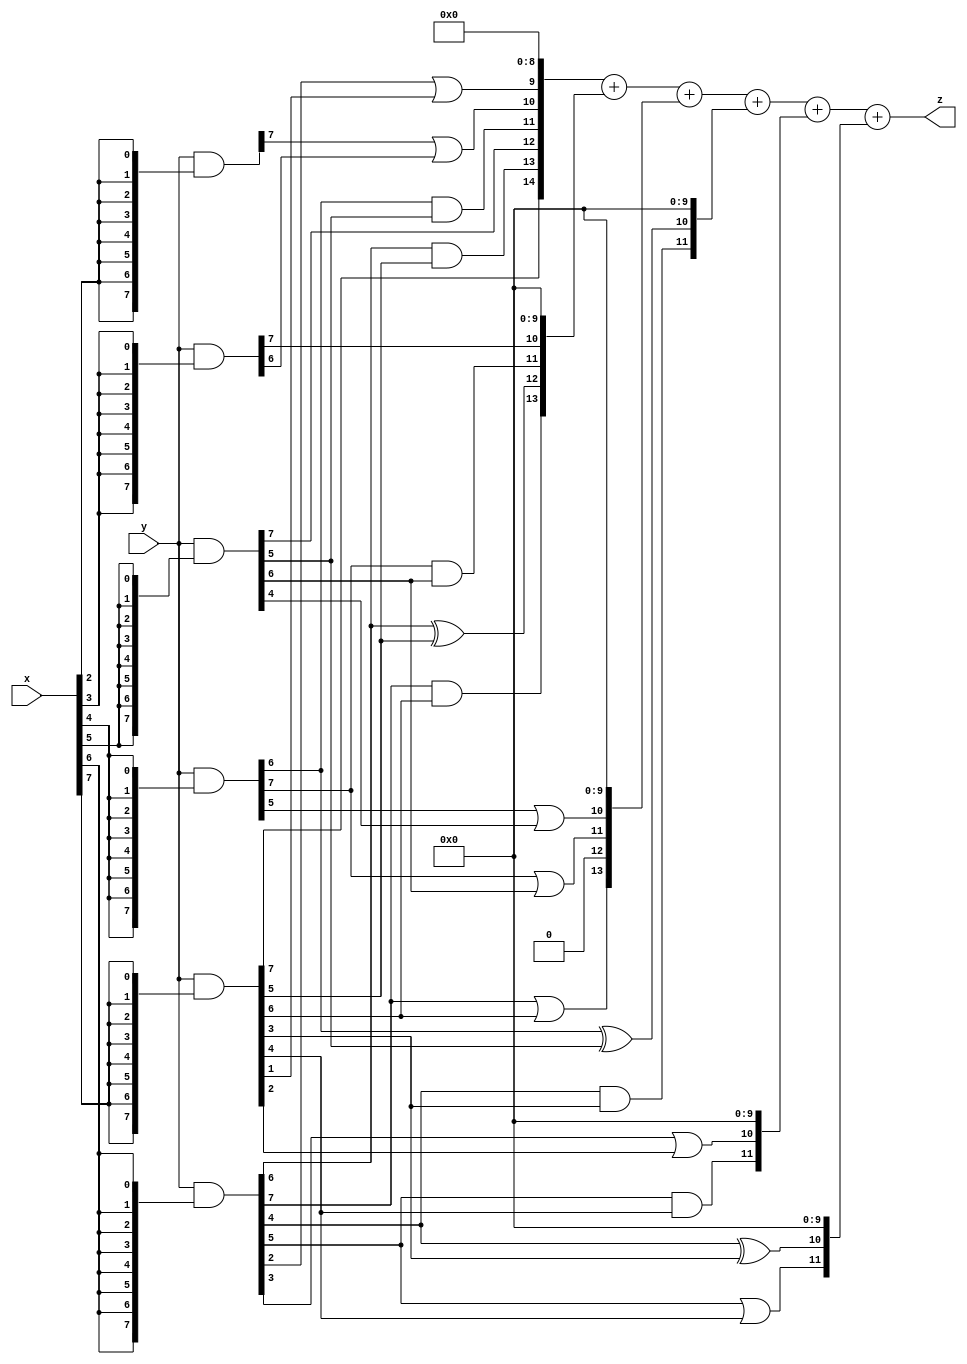
// terms: 19
// fval:  1216398.25

module unsigned_8x8_l8_lamb50000_3 (
	input [7:0] x,
	input [7:0] y,
	output [15:0] z
);


wire [7:0] part1 =  y & {8{x[0]}};
wire [7:0] part2 =  y & {8{x[1]}};
wire [7:0] part3 =  y & {8{x[2]}};
wire [7:0] part4 =  y & {8{x[3]}};
wire [7:0] part5 =  y & {8{x[4]}};
wire [7:0] part6 =  y & {8{x[5]}};
wire [7:0] part7 =  y & {8{x[6]}};
wire [7:0] part8 =  y & {8{x[7]}};

wire [14:0] new_part1;
assign new_part1[0] = 0;
assign new_part1[1] = 0;
assign new_part1[2] = 0;
assign new_part1[3] = 0;
assign new_part1[4] = 0;
assign new_part1[5] = 0;
assign new_part1[6] = 0;
assign new_part1[7] = 0;
assign new_part1[8] = 0;
assign new_part1[9] = part7[2] | part8[1];
assign new_part1[10] = part3[7] | part4[6];
assign new_part1[11] = part5[6] & part6[5];
assign new_part1[12] = part6[7];
assign new_part1[13] = part7[6] & part8[5];
assign new_part1[14] = part8[7];

wire [13:0] new_part2;
assign new_part2[0] = 0;
assign new_part2[1] = 0;
assign new_part2[2] = 0;
assign new_part2[3] = 0;
assign new_part2[4] = 0;
assign new_part2[5] = 0;
assign new_part2[6] = 0;
assign new_part2[7] = 0;
assign new_part2[8] = 0;
assign new_part2[9] = 0;
assign new_part2[10] = part4[7];
assign new_part2[11] = part5[7] & part6[6];
assign new_part2[12] = part7[6] ^ part8[5];
assign new_part2[13] = part7[7] & part8[6];

wire [13:0] new_part3;
assign new_part3[0] = 0;
assign new_part3[1] = 0;
assign new_part3[2] = 0;
assign new_part3[3] = 0;
assign new_part3[4] = 0;
assign new_part3[5] = 0;
assign new_part3[6] = 0;
assign new_part3[7] = 0;
assign new_part3[8] = 0;
assign new_part3[9] = 0;
assign new_part3[10] = part5[5] | part6[4];
assign new_part3[11] = part5[7] | part6[6];
assign new_part3[12] = 0;
assign new_part3[13] = part7[7] | part8[6];

wire [11:0] new_part4;
assign new_part4[0] = 0;
assign new_part4[1] = 0;
assign new_part4[2] = 0;
assign new_part4[3] = 0;
assign new_part4[4] = 0;
assign new_part4[5] = 0;
assign new_part4[6] = 0;
assign new_part4[7] = 0;
assign new_part4[8] = 0;
assign new_part4[9] = 0;
assign new_part4[10] = part5[6] ^ part6[5];
assign new_part4[11] = part7[4] & part8[3];

wire [11:0] new_part5;
assign new_part5[0] = 0;
assign new_part5[1] = 0;
assign new_part5[2] = 0;
assign new_part5[3] = 0;
assign new_part5[4] = 0;
assign new_part5[5] = 0;
assign new_part5[6] = 0;
assign new_part5[7] = 0;
assign new_part5[8] = 0;
assign new_part5[9] = 0;
assign new_part5[10] = part7[3] | part8[2];
assign new_part5[11] = part7[5] & part8[4];

wire [11:0] new_part6;
assign new_part6[0] = 0;
assign new_part6[1] = 0;
assign new_part6[2] = 0;
assign new_part6[3] = 0;
assign new_part6[4] = 0;
assign new_part6[5] = 0;
assign new_part6[6] = 0;
assign new_part6[7] = 0;
assign new_part6[8] = 0;
assign new_part6[9] = 0;
assign new_part6[10] = part7[4] ^ part8[3];
assign new_part6[11] = part7[5] | part8[4];

assign z = new_part1 + new_part2 + new_part3 + new_part4 + new_part5 + new_part6;
endmodule